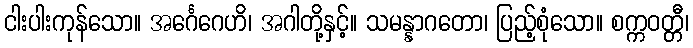
ငါးပါးကုန်သော။ အင်္ဂေဂေဟိ၊ အဂါတို့နှင့်။ သမန္နာဂတော၊ ပြည့်စုံသော။ စက္ကဝတ္တီ၊